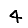
Digit: 4